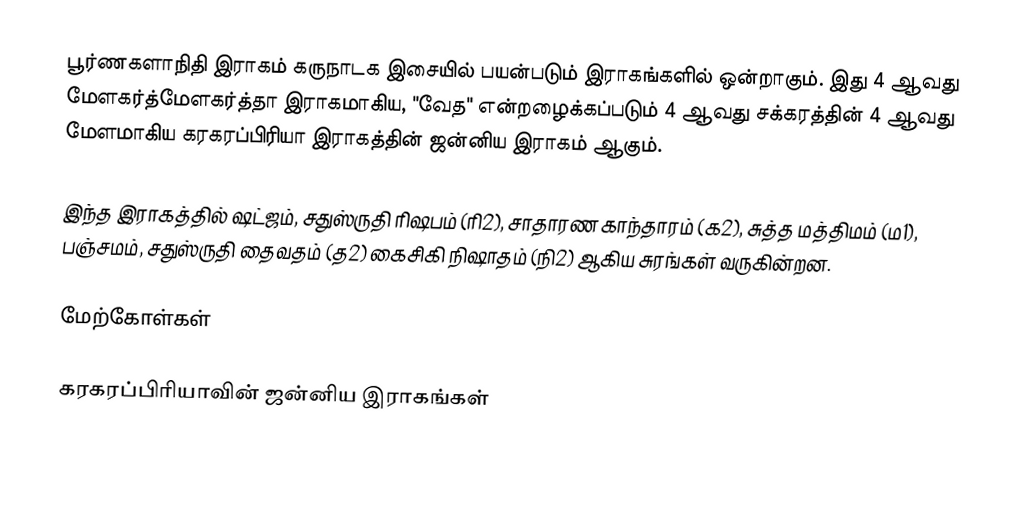
பூர்ணகளாநிதி இராகம் கருநாடக இசையில் பயன்படும் இராகங்களில் ஒன்றாகும். இது 4 ஆவது மேளகர்த்மேளகர்த்தா இராகமாகிய, "வேத" என்றழைக்கப்படும் 4 ஆவது சக்கரத்தின் 4 ஆவது மேளமாகிய கரகரப்பிரியா இராகத்தின் ஜன்னிய இராகம் ஆகும்.

இந்த இராகத்தில் ஷட்ஜம், சதுஸ்ருதி ரிஷபம் (ரி2), சாதாரண காந்தாரம் (க2), சுத்த மத்திமம் (ம1), பஞ்சமம், சதுஸ்ருதி தைவதம் (த2) கைசிகி நிஷாதம் (நி2) ஆகிய சுரங்கள் வருகின்றன.

மேற்கோள்கள்

கரகரப்பிரியாவின் ஜன்னிய இராகங்கள்